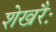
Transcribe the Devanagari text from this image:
शेखरैः